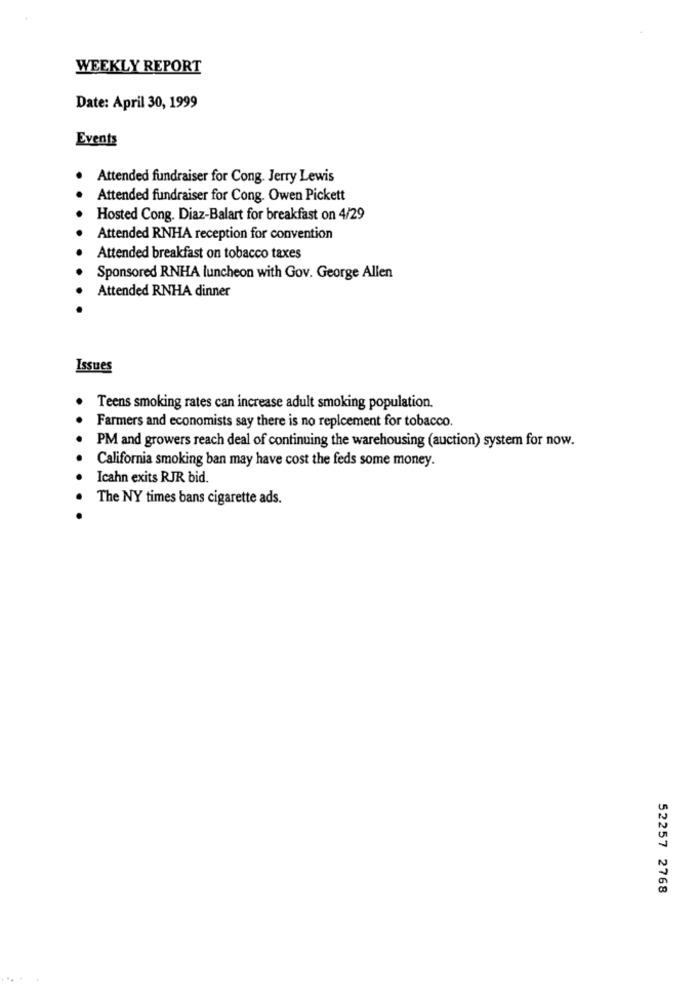
WEEKLY REPORT
Date: April 30, 1999
Events
Attended fundraiser for Cong. Jerry Lewis
Attended fundraiser for Cong. Owen Pickett
Hosted Cong. Diaz-Balart for breakfast on 4/29
Attended RNHA reception for convention
Attended breakfast on tobacco taxes
Sponsored RNHA luncheon with Gov. George Allen
Attended RNHA dinner
Issues
Teens smoking rates can increase adult smoking population.
Farmers and economists say there is no replcement for tobacco.
PM and growers reach deal of continuing the warehousing (auction) system for now.
California smoking ban may have cost the feds some money.
Icahn exits RJR bid.
The NY times bans cigarette ads.
52257 2768